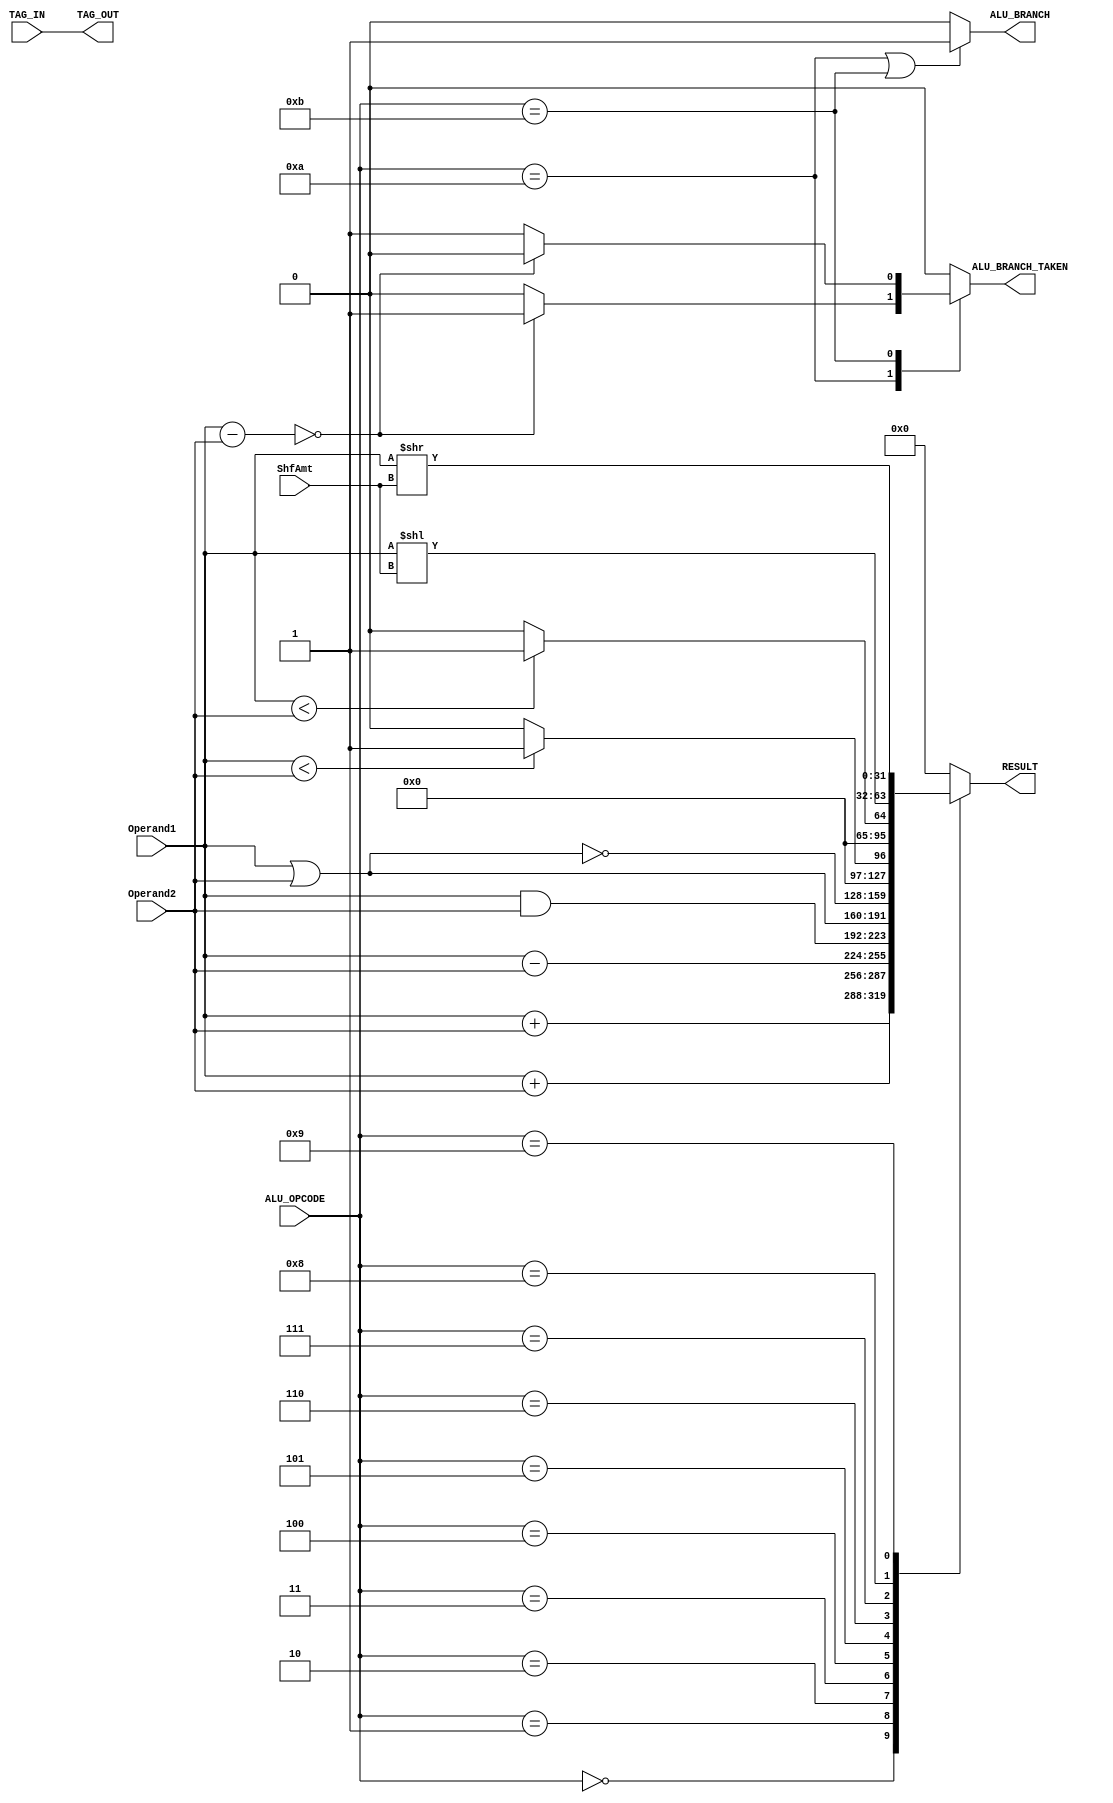
//-------------------------------------------------------------------------------------------------
//-------------------------------------------------------------------------------------------------
// modification history
// author          date        description
// lgonzale        2012-04-06  creation
//-------------------------------------------------------------------------------------------------

//-------------------------------------------------------------------------------------------------
// MODULE: Integer_ALU
//-------------------------------------------------------------------------------------------------
module Integer_ALU(
	Operand1,
	Operand2,
	ShfAmt,
	TAG_IN,
	ALU_OPCODE,
	
	RESULT,
	TAG_OUT,
	ALU_BRANCH,
	ALU_BRANCH_TAKEN
	
    );

  
  //-----------------------------------------------------------------------------------------------
  // Input
  //-----------------------------------------------------------------------------------------------
  	input [31:0]Operand1;
	input [31:0]Operand2;
	input [4:0]ShfAmt;
	input [4:0]TAG_IN;
	input [3:0]ALU_OPCODE;

  
    
  //-----------------------------------------------------------------------------------------------
  // Outputs
  //-----------------------------------------------------------------------------------------------
   output reg[31:0]RESULT;
	output [4:0]TAG_OUT;
	output ALU_BRANCH;
	output reg ALU_BRANCH_TAKEN;
  
    
  //-----------------------------------------------------------------------------------------------
  // Reg
  //-----------------------------------------------------------------------------------------------
   wire signed[31:0]Operand1_signed;
	wire signed[31:0]Operand2_signed;
  
    
  //-----------------------------------------------------------------------------------------------
  // Wire
  //-----------------------------------------------------------------------------------------------
  
  
      
  //-----------------------------------------------------------------------------------------------
  // Parameter
  //-----------------------------------------------------------------------------------------------
	 
	parameter ADD = 	5'h0;
	parameter ADDU  = 5'h1;
	parameter SUB  = 	5'h2;
	parameter AND  = 	5'h3;
	parameter OR = 	5'h4;
	parameter NOR = 	5'h5;
	parameter SLT  = 	5'h6;
	parameter SLTU  = 5'h7;
	parameter SLL  = 	5'h8;
	parameter SRL  = 	5'h9;
	parameter BEQ = 	5'hA;
	parameter BNE = 	5'hB;
	
	//-----------------------------------------------------------------------------------------------
	// Logic
	//-----------------------------------------------------------------------------------------------

	assign Operand1_signed = Operand1;
	assign Operand2_signed = Operand2;

	always @(*)
	
	begin
	ALU_BRANCH_TAKEN = 0;
  RESULT           = 0;
	case (ALU_OPCODE)
	ADD : RESULT = Operand1_signed + Operand2_signed;
	ADDU : RESULT = Operand1 + Operand2;
	SUB : RESULT = Operand1_signed - Operand2_signed;
	AND : RESULT = Operand1 & Operand2;
	OR  : RESULT = Operand1 | Operand2;
	NOR : RESULT = ~(Operand1 | Operand2);
	SLT : RESULT = Operand1_signed<Operand2_signed?1:0;
	SLTU : RESULT = Operand1<Operand2?1:0;
	SLL : RESULT = Operand1 << ShfAmt;
	SRL : RESULT = Operand1 >> ShfAmt;
	BEQ : ALU_BRANCH_TAKEN = (Operand1 - Operand2)==0?1:0;
	BNE : ALU_BRANCH_TAKEN = (Operand1 - Operand2)==0?0:1;
	default: RESULT = 'b0;
	endcase
	end
 
	assign ALU_BRANCH = ((ALU_OPCODE==BEQ)||(ALU_OPCODE==BNE))?1:0; 
	assign TAG_OUT = TAG_IN;
	 
	 
endmodule